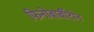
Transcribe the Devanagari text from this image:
फिनोबार्बीटोन